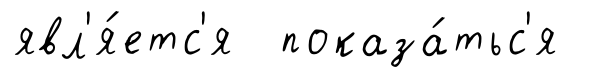
явл'я́етс'я показа́тьс'я